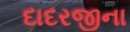
દાદરજીના